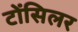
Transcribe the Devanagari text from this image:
टोंसिलर